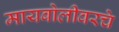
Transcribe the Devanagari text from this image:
मायबोलीवरचे